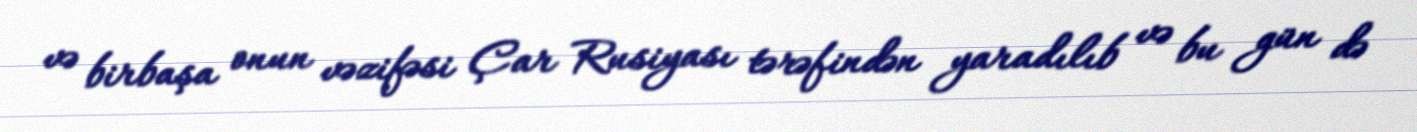
və birbaşa onun vəzifəsi Çar Rusiyası tərəfindən yaradılıb və bu gün də